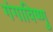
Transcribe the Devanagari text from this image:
गंगाविष्णु